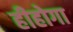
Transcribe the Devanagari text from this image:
हीहोगा